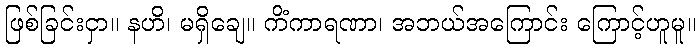
ဖြစ်ခြင်းငှာ။ နဟိ၊ မရှိချေ။ ကိံကာရဏာ၊ အဘယ်အကြောင်း ကြောင့်ဟူမူ။